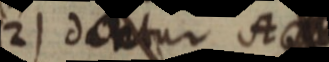
2) dantur A